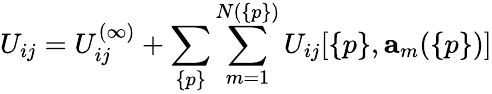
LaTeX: U_{ij}=U_{ij}^{(\infty)}+\sum_{\{ p\} }\sum_{m=1}^{N(\{ p\} )}U_{ij}[\{ p\} ,{\mathbf a}_{m}(\{ p\} )]